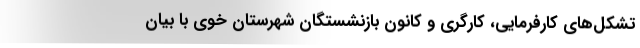
تشکل‌های کارفرمایی، کارگری و کانون بازنشستگان شهرستان خوی با بیان